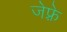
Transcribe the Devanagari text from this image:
जेफ़्रे